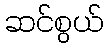
ဆင်စွယ်